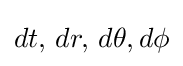
dt,\,dr,\,d\theta ,d\phi